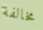
مخالفة